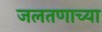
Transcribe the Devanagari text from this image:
जलतणाच्या